Vaccination United Provinces of Agra and Oudh 1923-1928 - 1923-1928
Year: 1923
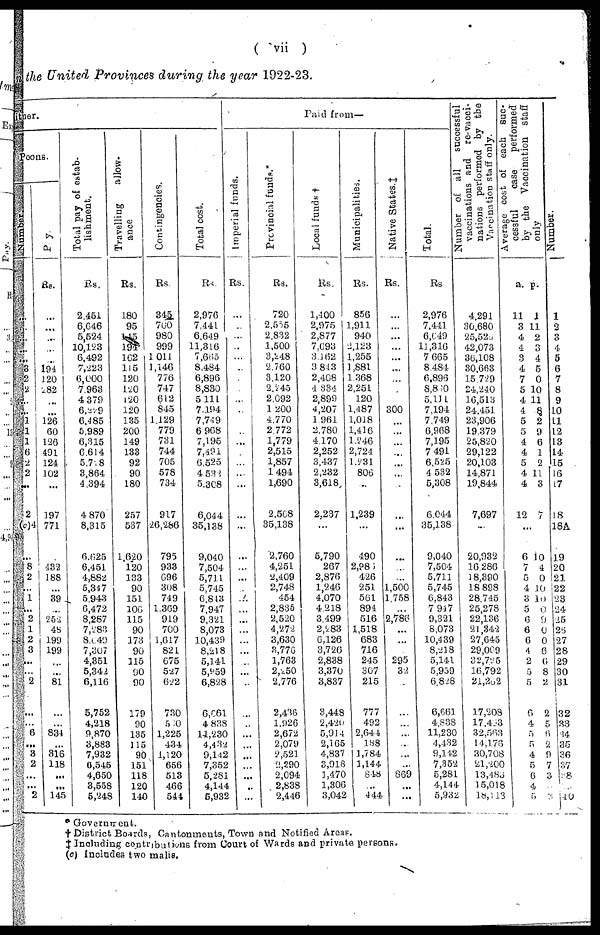
( vii )
the United Provinces during the year 1922-23.
ituer.
Peons.
Number.
...
...
...
...
...
3
2
2
...
...
1
1
1
6
2
2
...
2
(c)4
...
8
2
...
1
...
2
1
2
3
...
...
2
...
...
6
... 3
2
...
...
2
Pay.
Rs.
...
...
...
...
...
194
120
82
...
...
126
60
126
491
124
102
...
197
771
...
432
183
...
39
...
252
48
199
199
...
...
81
...
...
834
...
316
118
...
...
145
Total pay of estab¬
lishment.
Rs.
2,451
6,646
5,524
10,123
6,492
7,223
6,000
7,963
4,379
6,279
6,485
5,989
6,315
6,614
5,728
3,864
4,394
4,870
8,315
6,625
6,451
4,882
5,347
5,943
6,472
8,287
7,283
8,049
7,307
4,351
5,342
6,116
5,752
4,218
9,870
3,883
7,932
6,545
4,650
3,558
5,748
Travelling
allow¬
ance.
Rs.
180
95
145
194
162
115
120
120
120
120
135
200
149
133
92
90
180
257
537
1,620
120
133
90
151
106
115
90
173
90
115
90
90
179
90
135
115
90
151
118
120
140
Contingencies.
Rs.
345
700
980
999
1,011
1,146
776
747
612
845
1,129
779
731
744
705
578
734
917
26,286
795
933
696
308
749
1,369
919
700
1,617
821
675
527
622
730
560
1,225
434
1,120
656
513
466
544
Total cost.
Rs.
2,976
7,441
6,649
11,316
7,665
8,484
6,896
8,830
5,111
7,194
7,749
6,968
7,195
7,491
6,525
4,532
5,308
6,044
35,138
9,040
7,504
5,711
5,745
6,843
7,947
9,321
8,073
10,439
8,218
5,141
5,959
6,828
6,661
4,838
14,230
4,432
9,142
7,352
5,281
4,144
5,932
Paid from—
Imperial funds.
Rs.
...
...
...
...
...
...
...
...
...
...
...
...
...
...
...
...
...
...
...
...
...
...
...
...
...
...
...
...
...
...
...
...
...
...
...
...
...
...
...
...
...
Provincial funds.*
Rs.
720
2,555
2,832
1,500
3,248
2,760
3,120
2,245
2,092
1,200
4,770
2,772
1,779
2,515
1,857
1,494
1,690
2,568
35,138
2,760
4,251
2,409
2,748
454
2,835
2,520
4,272
3,630
3,776
1,763
2,250
2,776
2,436
1,926
2,672
2,079
2,521
2,290
2,094
2,838
2,446
Local funds.†
Rs.
1,400
2,975
2,877
7,693
3,162
3,843
2,468
4,334
2,899
4,207
1,961
2,780
4,170
2,252
3,437
2,232
3,618
2,237
...
5,790
267
2,876
1,246
4,070
4,218
3,499
2,283
6,126
3,726
2,838
3,370
3,837
3,448
2,420
5,914
2,165
4,837
3,916
1,470
1,306
3,042
Municipalities.
Rs.
856
1,911
940
2,123
1,255
1,881
1,368
2,251
120
1,487
1,018
1,416
1,246
2,724
1,231
806
...
1,239
...
490
2,986
426
251
561
894
516
1,518
683
716
245
307
215
777
492
2,644
188
1,784
1,144
848
...
444
Native States.‡
Rs.
...
...
...
...
...
...
...
...
...
300
...
...
...
...
...
...
...
...
...
...
...
...
1,500
1,758
...
2,786
...
...
...
295
32
...
...
...
...
...
...
...
869
...
...
Total
Rs.
2,976
7,441
6,649
11,316
7,665
8,484
6,896
8,860
5,111
7,194
7,749
6,968
7,195
7,491
6,525
4,532
5,308
6,044
35,138
9,040
7,504
5,711
5,745
6,843
7,947
9,321
8,073
10,439
8,218
5,141
5,959
6,828
6,661
4,838
11,230
4,432
9,142
7,352
5,281
4,144
5,932
Number of all
successful
vaccinations and re-vacci¬
nations performed by the
Vaccination staff only.
4,291
30,680
25,523
42,073
36,108
30,663
15,729
24,240
16,513
24,451
23,906
19,379
25,820
29,122
20,103
14,871
19,844
7,697
...
20,932
16,286
18,390
18,898
28,745
25,278
22,136
21,342
27,645
29,009
32,795
16,792
21,262
17,208
17,453
32,563
14,173
30,708
21,200
13,483
15,018
18,113
Average cost of each suc-
cessful
case
performed
by the Vaccination staff
only.
a.
11
3
4 4
3
4
7
5
4
4
5
5
4
4
5
4
4
12
p.
1
11
2 3
4
5
0
10
11
8
2
9
6
1
2
11
3
7
...
6
7
5
4
3
5
6
6
6
4
2
5
5
6
4
5
5
4
5
6
4
5
10
4
0
10
10
0
9
0
0
6
6
8
2
2
5 6
2
9
7 3
0
3
Number.
1
2
3 4
5
6
7
8
9
10
11
12
13
14
15
16
17
18
18A
19
20
21
22
23
24
25
26
27
28
29
30
31
32
33
34
35
36
37
38
39
40
* Government.
† District Boards, Cantonments, Town and Notified Areas.
‡ Including contributions from Court of Wards and private persons.
(c) Includes two malis.